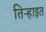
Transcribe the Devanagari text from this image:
तिऱ्हाइत